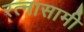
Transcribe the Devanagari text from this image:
रत्नासामी